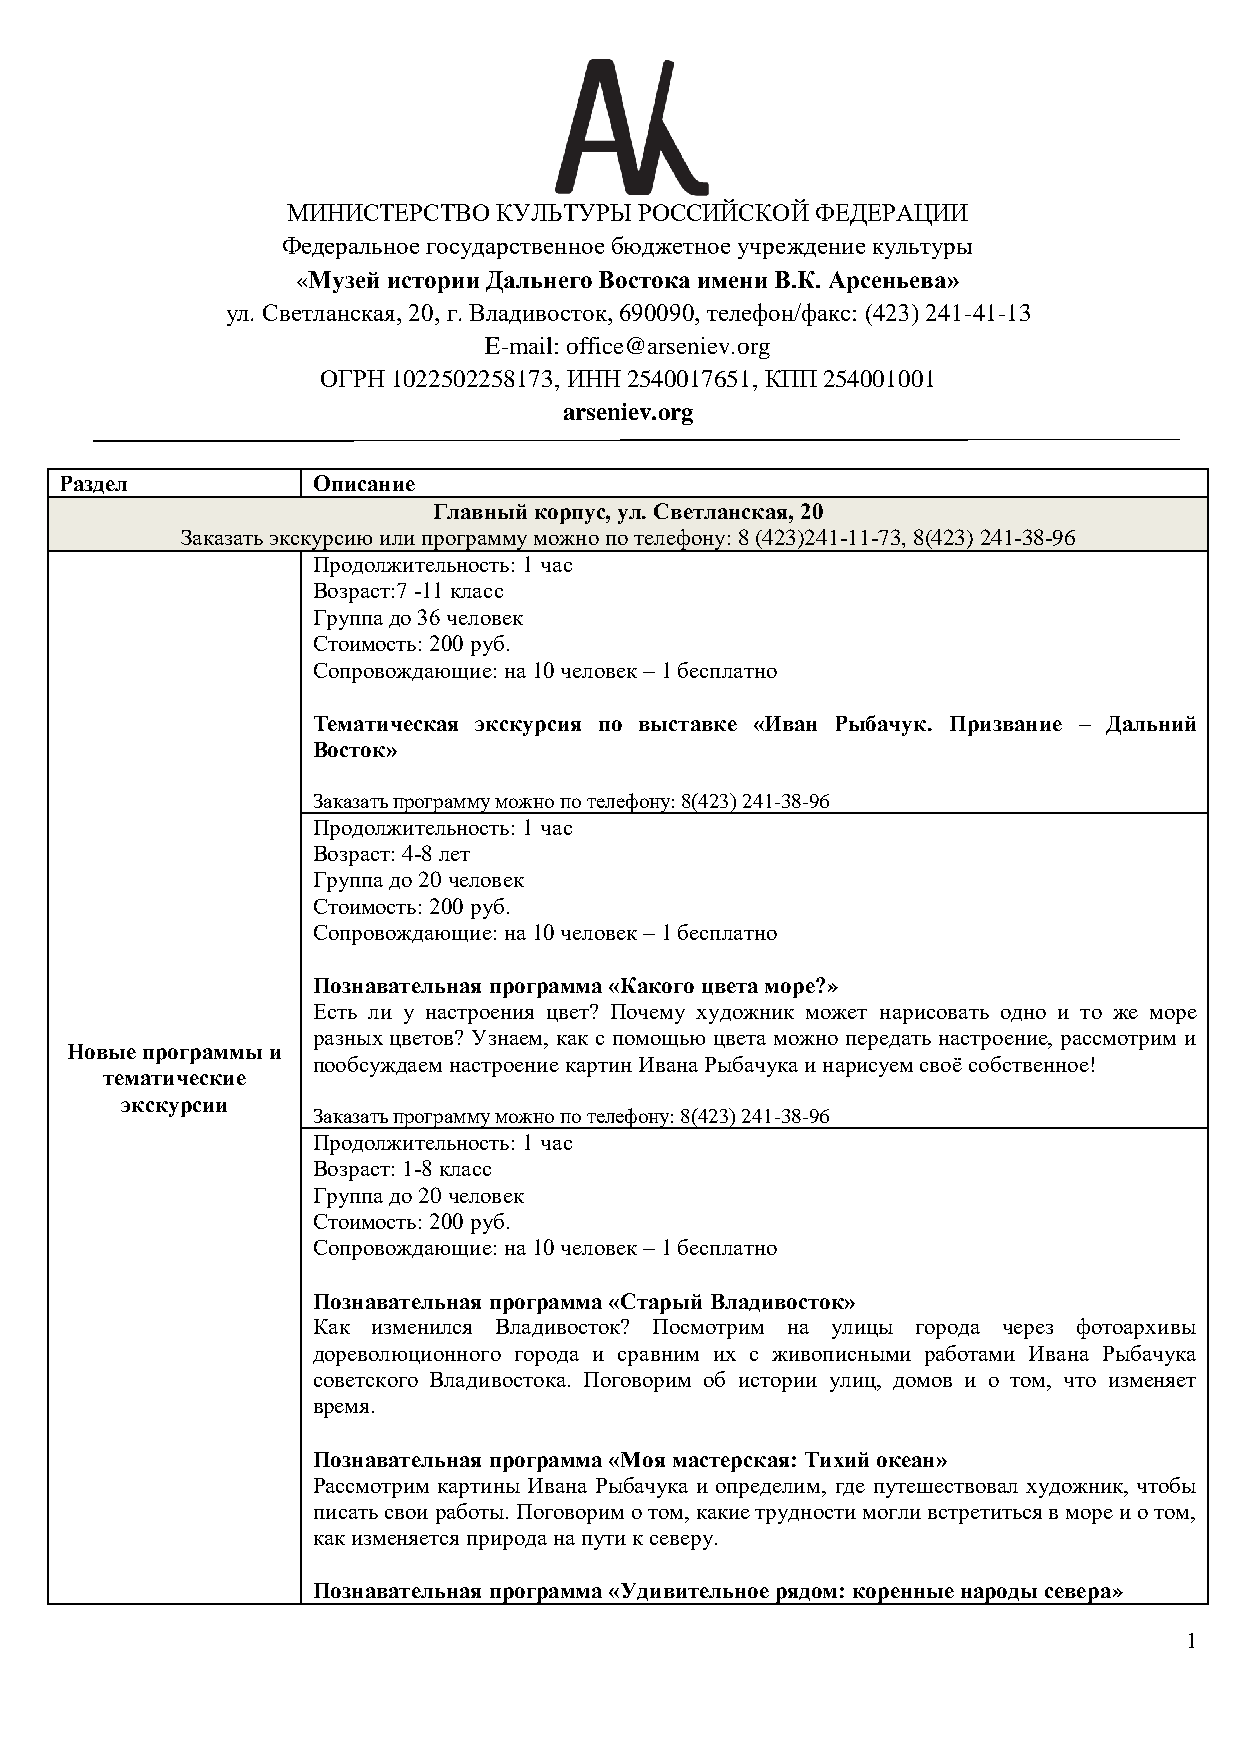
МИНИСТЕРСТВО  КУЛЬТУРЫ РОССИЙСКОЙ  ФЕДЕРАЦИИ
 Федеральное государственное бюджетное учреждение культуры
 «Музей истории Дальнего Востока имени В.К. Арсеньева»
 ул. Светланская, 20, г. Владивосток, 690090, телефон/факс: (423) 241-41-13
 E-mail: office@arseniev.org
 ОГРН 1022502258173, ИНН 2540017651, КПП 254001001
 arseniev.org
 Раздел           Описание
 Главный корпус, ул. Светланская, 20
 Заказать экскурсию или программу можно по телефону: 8 (423)241-11-73, 8(423) 241-38-96
 Продолжительность: 1 час
 Возраст:7 -11 класс
 Группа до 36 человек
 Стоимость: 200 руб.
 Сопровождающие: на 10 человек – 1 бесплатно
 Тематическая экскурсия по выставке «Иван Рыбачук. Призвание – Дальний
 Восток»
 Заказать программу можно по телефону: 8(423) 241-38-96
 Продолжительность: 1 час
 Возраст: 4-8 лет
 Группа до 20 человек
 Стоимость: 200 руб.
 Сопровождающие: на 10 человек – 1 бесплатно
 Познавательная программа «Какого цвета море?»
 Есть ли у настроения цвет? Почему художник может нарисовать одно и то же море
 разных цветов? Узнаем, как с помощью цвета можно передать настроение, рассмотрим и
 Новые программы и
 пообсуждаем настроение картин Ивана Рыбачука и нарисуем своё собственное!
 тематические
 экскурсии
 Заказать программу можно по телефону: 8(423) 241-38-96
 Продолжительность: 1 час
 Возраст: 1-8 класс
 Группа до 20 человек
 Стоимость: 200 руб.
 Сопровождающие: на 10 человек – 1 бесплатно
 Познавательная программа «Старый Владивосток»
 Как изменился Владивосток? Посмотрим на улицы города через фотоархивы
 дореволюционного города и сравним их с живописными работами Ивана Рыбачука
 советского Владивостока. Поговорим об истории улиц, домов и о том, что изменяет
 время.
 Познавательная программа «Моя мастерская: Тихий океан»
 Рассмотрим картины Ивана Рыбачука и определим, где путешествовал художник, чтобы
 писать свои работы. Поговорим о том, какие трудности могли встретиться в море и о том,
 как изменяется природа на пути к северу.
 Познавательная программа «Удивительное рядом: коренные народы севера»
 1